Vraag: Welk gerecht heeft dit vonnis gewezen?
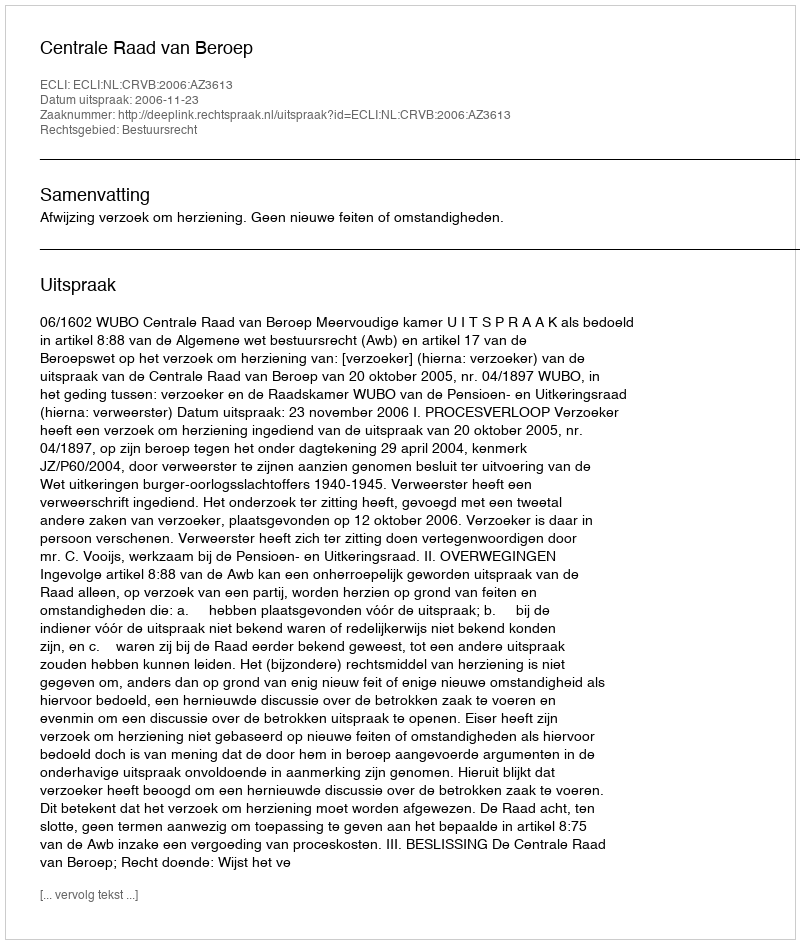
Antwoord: Centrale Raad van Beroep